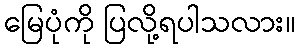
မြေပုံကို ပြလို့ရပါသလား။